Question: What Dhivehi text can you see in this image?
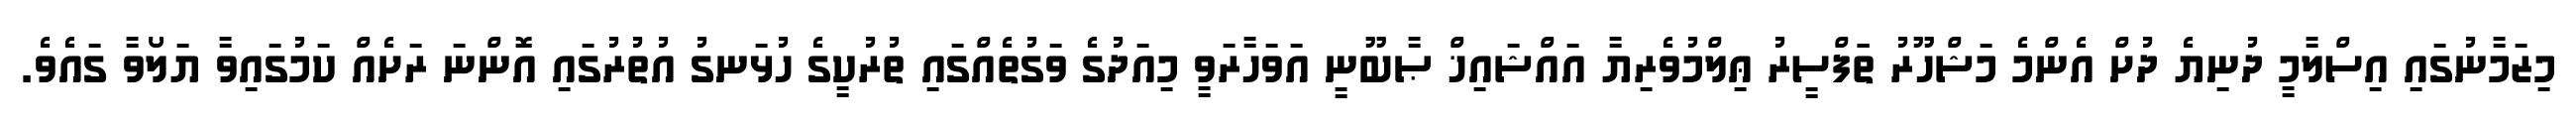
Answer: މިޒަމާނުގައި އިސްލާމީ ދުނިޔެ ދުށް އެންމެ މަޝްހޫރު ތަަފްސީރު ޢިލްމުވެރިޔާ އައްޝައިޚް ޞާބޫނީ އަވަހާރަވީ މިއަދުގެ ވަގުތެއްގައި ތުރުކީގެ ހުޅަނގު އުތުރުގައި އޮންނަ ރަށެއް ކަމުގައިވާ ޔަލޯވާ ގައެވެ.